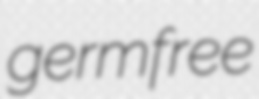
germfree